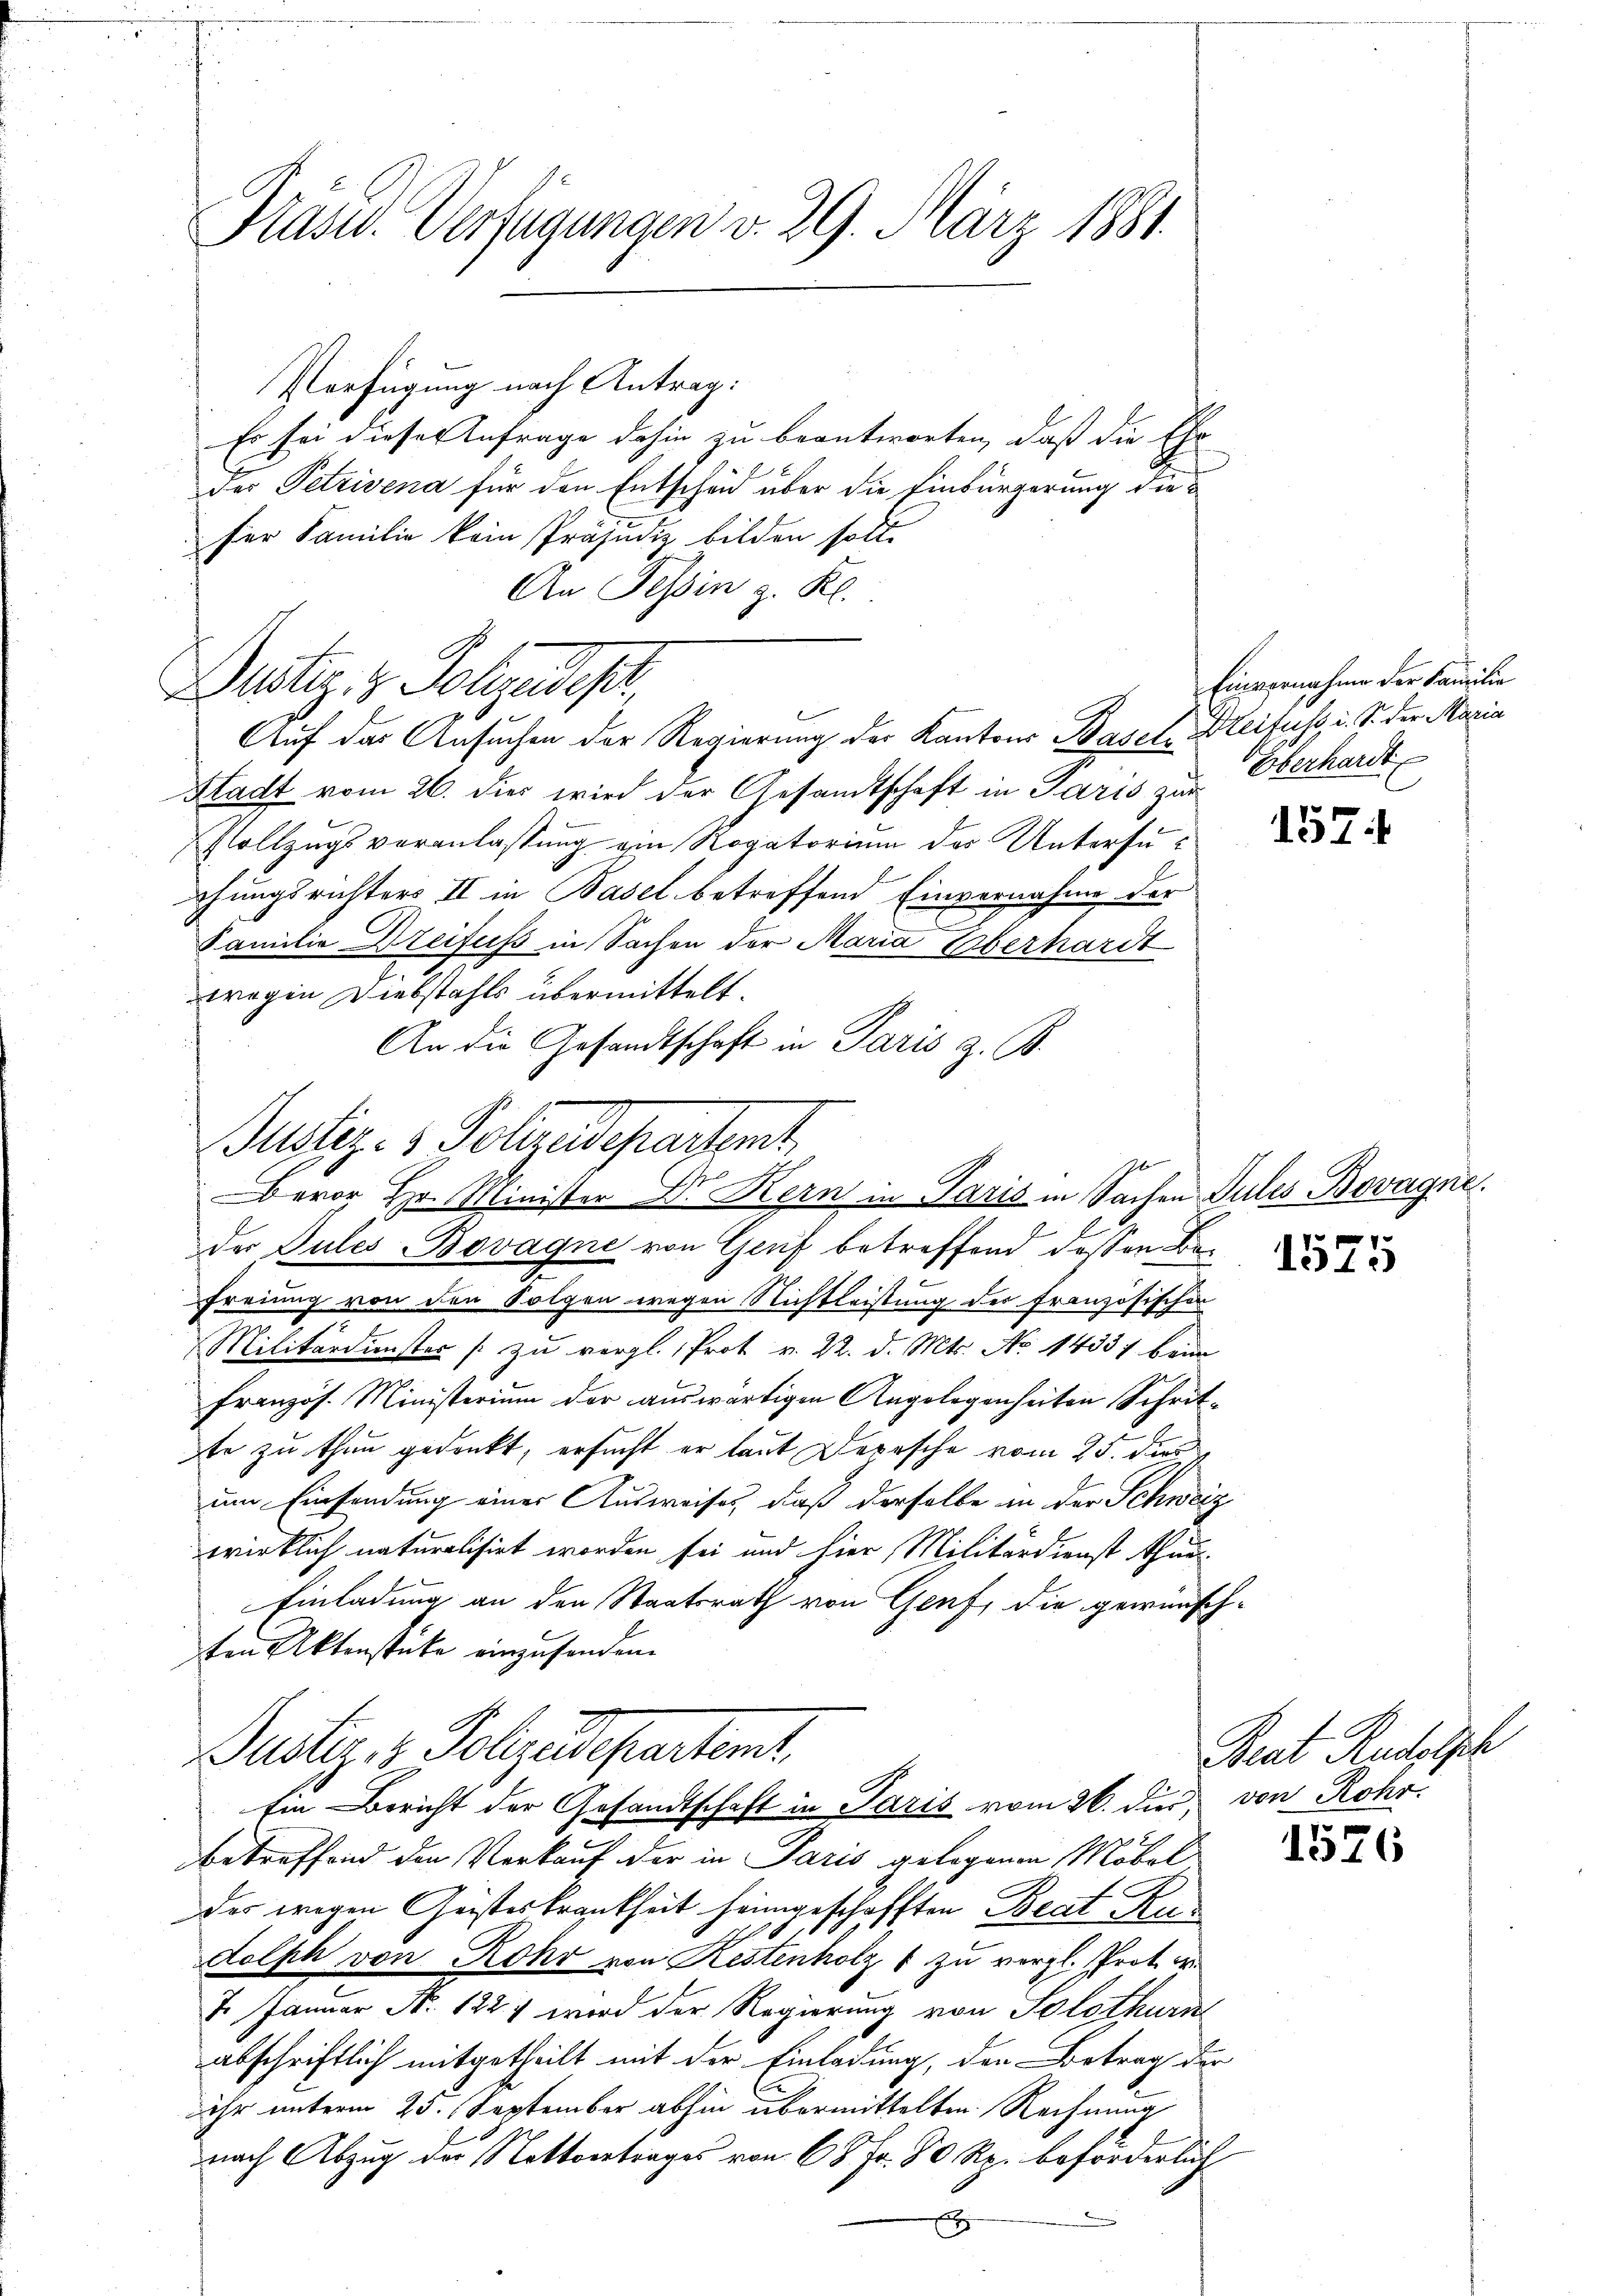
Prand. Verfügungen v. 29. März 1881

An Tessin z. Kl.
Dustiz & Polizeidept,

Verfügung nach Antrag:
Es sei dieser Anfrage dahin zu beantworten, daß die Ehe
der Petrivena für den Entscheid über die Einbürgerung diefer Familie kein Präjudiz bilden soll.
Auf das Ansuchen der Regierung der Kantons Basel leituss, i. S. der Maria
Stadt vom 26. dies wird der Gesandtschaft in Paris zur
Vollzugsveranlassung ein Rogatorium des Untersuf
ehungsrichters II in Basel betreffend Einvernahme der
Familie Dreifuss in Sachen der Maria Überhardt
wegen Diebstahls übermittelt.
An die Gesandtschaft in Paris z. B.
Justiz- & Polizeidepartet.
Freiung von den Folgen wegen Nichtleistung der Französischen
Militärdienster /: zu vergl. Prot v. 22. d. Mts. No 14331 beim
französ. Ministerium der auswärtigen Angelegenheiten Schritte zu thun gedankt, ersucht er laut Depesche vom 25. der
um Einsendung einer Ausweises, daß derselbe in der Schweiz
wirklich naturalisirt worden sei und hier, Militärdienst thun
Einladung an den Staatsrath von Genf, die gewünsch-
ten Aktenstücke einzusenden.
Justiz & Polizedepartamt,
Ein Bericht der Gesandtschaft in Paris vom 26. die von Rohr.
betreffend den Verkauf der in Paris gelegenen Möbel
des wegen Geisteskrankheit heimgeschafften Beat Ru
1
dolph von Rohr von Restenholz 1 zu vergl. Prot. c.
I. Januar N. 1227 wird der Regierung von Solothuri
abschriftlich mitgetheilt mit der Einladung, den Betrag der
ihr unterm 25. September abhin übermittelten Rechnung
nach Abzug der Nottvertrages von 68 Fr. 80 Rp. beförderlich

Bevor Hr. Minister Dr. Kern in Paris in Sachen Julis Bovagne.
der Pules-Bovagne von Genf betreffend dessen Be

Einvernahme der Familie
Oberhardt

157

Reat Rudolph

1526